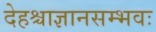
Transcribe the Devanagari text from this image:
देहश्चाज्ञानसम्भवः